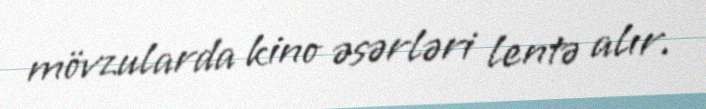
mövzularda kino əsərləri lentə alır.